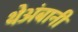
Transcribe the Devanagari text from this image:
थेअंबानी